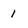
Character: 1